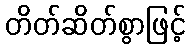
တိတ်ဆိတ်စွာဖြင့်